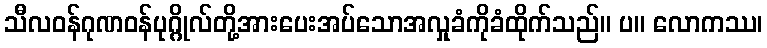
သီလဝန်ဂုဏဝန်ပုဂ္ဂိုလ်တို့အားပေးအပ်သောအလှုခံကိုခံထိုက်သည်။ ပ။ လောကဿ၊